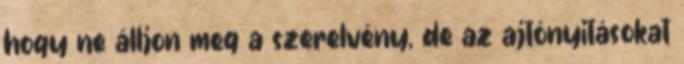
hogy ne álljon meg a szerelvény, de az ajtónyitásokat